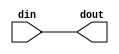


module yolo_rst_if
#(parameter
    RESET_ACTIVE_LOW = 0
)(
    input  wire din,
    output wire dout
);

assign dout = (RESET_ACTIVE_LOW == 1) ? ~din : din;

endmodule  // filter_rst_if